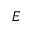
E